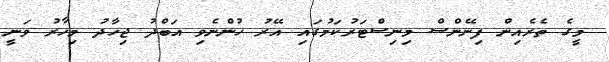
މީގެ ތެރެއިން ފިނޭންސް މިނިސްޓަރުކަމުގައި އޭރު ހުންނެވި އަބްދު ޖިހާދު މިހާރު ވަނީ